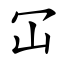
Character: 冚